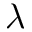
\lambda